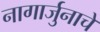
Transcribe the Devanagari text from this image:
नागार्जुनाचे